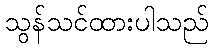
သွန်သင်ထားပါသည်